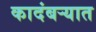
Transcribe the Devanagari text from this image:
कादंबऱ्यात